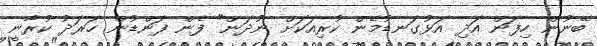
ބޭނުން ހިފަން އަދި އަޅުގަނޑުމެން ކުރިއަކަށް ނުދަން" ފެން ފަންޑުން ހަރަދު ކުރާނީ